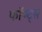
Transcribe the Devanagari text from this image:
फॉण्ट्स